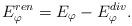
LaTeX: \begin{align*}E_{\varphi}^{ren}=E_{\varphi}-E_{\varphi}^{div}.\end{align*}